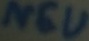
Text: NEU